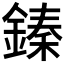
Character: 𨪦